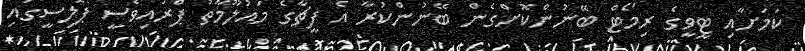
ކަމަށާއި ޓީވީގެ ރިމޯޓް ބޭނުންކޮށްގެން ބޭނުންކުރާ އެ ފީޗާގެ މައުލޫމާތު ޕްރައިވެސީ ޕޮލިސީގައި